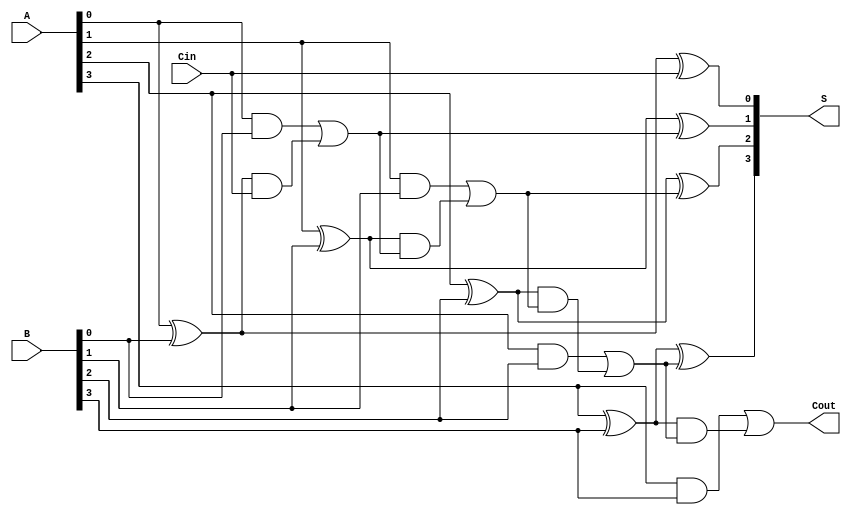
module conditional_sum_adder #(
    parameter N = 4  // Number of bits
)(
    input  wire [N-1:0] A,    // First n-bit input
    input  wire [N-1:0] B,    // Second n-bit input
    input  wire Cin,           // Carry-in
    output wire [N-1:0] S,     // n-bit sum output
    output wire Cout           // Carry-out
);

    // Generate and Propagate signals
    wire [N-1:0] G; // Generate
    wire [N-1:0] P; // Propagate

    genvar i;
    generate
        for (i = 0; i < N; i = i + 1) begin : gen_prop
            assign G[i] = A[i] & B[i];  // Generate
            assign P[i] = A[i] ^ B[i];  // Propagate
        end
    endgenerate

    // Carry signals
    wire [N:0] C; // C[0] is Cin, C[N] is Cout
    assign C[0] = Cin;

    generate
        for (i = 0; i < N; i = i + 1) begin : carry_calc
            assign C[i+1] = G[i] | (P[i] & C[i]);
        end
    endgenerate

    // Sum outputs
    wire [N-1:0] S_temp; // Temporary sum outputs
    assign S_temp[0] = P[0] ^ C[0];

    generate
        for (i = 1; i < N; i = i + 1) begin : sum_calc
            assign S_temp[i] = P[i] ^ C[i]; // S[i] based on P[i] and C[i]
        end
    endgenerate

    // Final output selection
    assign S = S_temp; // Directly assigning for simplicity
    assign Cout = C[N]; // Last carry out

endmodule